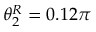
\theta _ { 2 } ^ { R } = 0 . 1 2 \pi